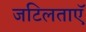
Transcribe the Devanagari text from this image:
जटिलताएॅ